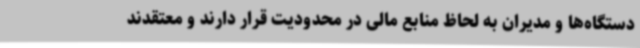
دستگاه‌ها و مدیران به لحاظ منابع مالی در محدودیت قرار دارند و معتقدند